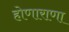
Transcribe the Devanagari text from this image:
होणाराणा